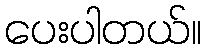
ပေးပါတယ်။